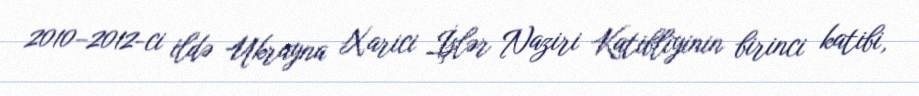
2010–2012-ci ildə Ukrayna Xarici İşlər Naziri Katibliyinin birinci katibi,